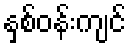
နှစ်ဝန်းကျင်